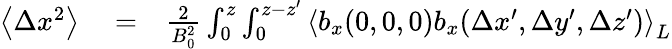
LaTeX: \begin{array}{rlr}{\left\langle\Delta x^{2}\right\rangle}&{{}=}&{\frac{2}{B_{0}^{2}}\int_{0}^{z}\int_{0}^{z-{z}^{\prime}}\left\langle b_{x}(0,0,0)b_{x}(\Delta x^{\prime},\Delta y^{\prime},\Delta z^{\prime})\right\rangle_{L}}\end{array}